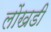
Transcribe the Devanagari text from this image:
लोंखडी